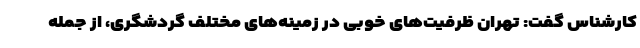
کارشناس گفت: تهران ظرفیت‌های خوبی در زمینه‌های مختلف گردشگری، از جمله